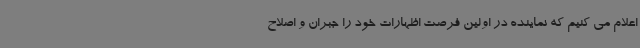
اعلام می کنیم که نماینده در اولین فرصت اظهارات خود را جبران و اصلاح